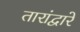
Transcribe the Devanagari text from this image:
तारांद्वारे